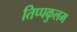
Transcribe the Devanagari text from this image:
तिप्पकुलम